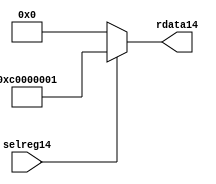
//File14 name   : smc_cfreg_lite14.v
//Title14       : 
//Created14     : 1999
//Description14 : Single14 instance of a config register
//Notes14       : 
//----------------------------------------------------------------------
//   Copyright14 1999-2010 Cadence14 Design14 Systems14, Inc14.
//   All Rights14 Reserved14 Worldwide14
//
//   Licensed14 under the Apache14 License14, Version14 2.0 (the
//   "License14"); you may not use this file except14 in
//   compliance14 with the License14.  You may obtain14 a copy of
//   the License14 at
//
//       http14://www14.apache14.org14/licenses14/LICENSE14-2.0
//
//   Unless14 required14 by applicable14 law14 or agreed14 to in
//   writing, software14 distributed14 under the License14 is
//   distributed14 on an "AS14 IS14" BASIS14, WITHOUT14 WARRANTIES14 OR14
//   CONDITIONS14 OF14 ANY14 KIND14, either14 express14 or implied14.  See
//   the License14 for the specific14 language14 governing14
//   permissions14 and limitations14 under the License14.
//----------------------------------------------------------------------



module smc_cfreg_lite14 (
  // inputs14
  selreg14,

  // outputs14
  rdata14
);


// Inputs14
input         selreg14;               // select14 the register for read/write access

// Outputs14
output [31:0] rdata14;                 // Read data

wire   [31:0] smc_config14;
wire   [31:0] rdata14;


assign rdata14 = ( selreg14 ) ? smc_config14 : 32'b0;
assign smc_config14 =  {1'b1,1'b1,8'h00, 2'b00, 2'b00, 2'b00, 2'b00,2'b00,2'b00,2'b00,8'h01};




endmodule // smc_cfreg14